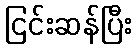
ငြင်းဆန်ပြီး